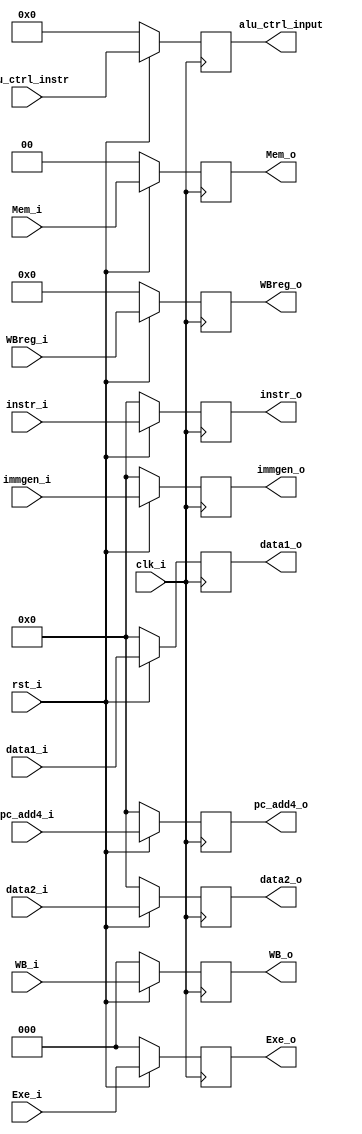
module EXE_register (clk_i, rst_i, instr_i, WB_i, Mem_i, Exe_i, data1_i, data2_i, immgen_i, alu_ctrl_instr, WBreg_i, pc_add4_i, instr_o, WB_o, Mem_o, Exe_o,  data1_o, data2_o, immgen_o, alu_ctrl_input, WBreg_o,pc_add4_o);

    input clk_i;
    input rst_i;
    input [31:0] instr_i;
    input [2:0] WB_i;
    input [1:0] Mem_i;
    input [2:0] Exe_i;
    input [31:0] data1_i;
    input [31:0] data2_i;
    input [31:0] immgen_i;
    input [3:0] alu_ctrl_instr;
    input [4:0] WBreg_i;
    input [31:0] pc_add4_i;

    output reg [31:0] instr_o;
    output reg [2:0] WB_o;
    output reg [1:0] Mem_o;
    output reg [2:0] Exe_o;
    output reg [31:0] data1_o;
    output reg [31:0] data2_o;
    output reg [31:0] immgen_o;
    output reg [3:0] alu_ctrl_input;
    output reg [4:0] WBreg_o;
    output reg [31:0] pc_add4_o;

    always @(posedge clk_i)
    begin
        if (!rst_i)
        begin
            instr_o <= 32'b00000000000000000000000000000000;
            WB_o <= 3'b000;
            Mem_o <= 2'b00;
            Exe_o <= 3'b000;
            data1_o <= 32'b00000000000000000000000000000000;
            data2_o <= 32'b00000000000000000000000000000000;
            immgen_o <= 32'b00000000000000000000000000000000;
            alu_ctrl_input <= 4'b0000;
            WBreg_o <= 5'b00000;
            pc_add4_o <= 32'b00000000000000000000000000000000;
        end
        else
        begin
            instr_o <= instr_i;
            WB_o <= WB_i;
            Mem_o <= Mem_i;
            Exe_o <= Exe_i;
            data1_o <= data1_i;
            data2_o <= data2_i;
            immgen_o <= immgen_i;
            alu_ctrl_input <= alu_ctrl_instr;
            WBreg_o <= WBreg_i;
            pc_add4_o <= pc_add4_i;
        end
    end


endmodule